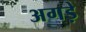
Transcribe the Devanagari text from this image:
अगड़े